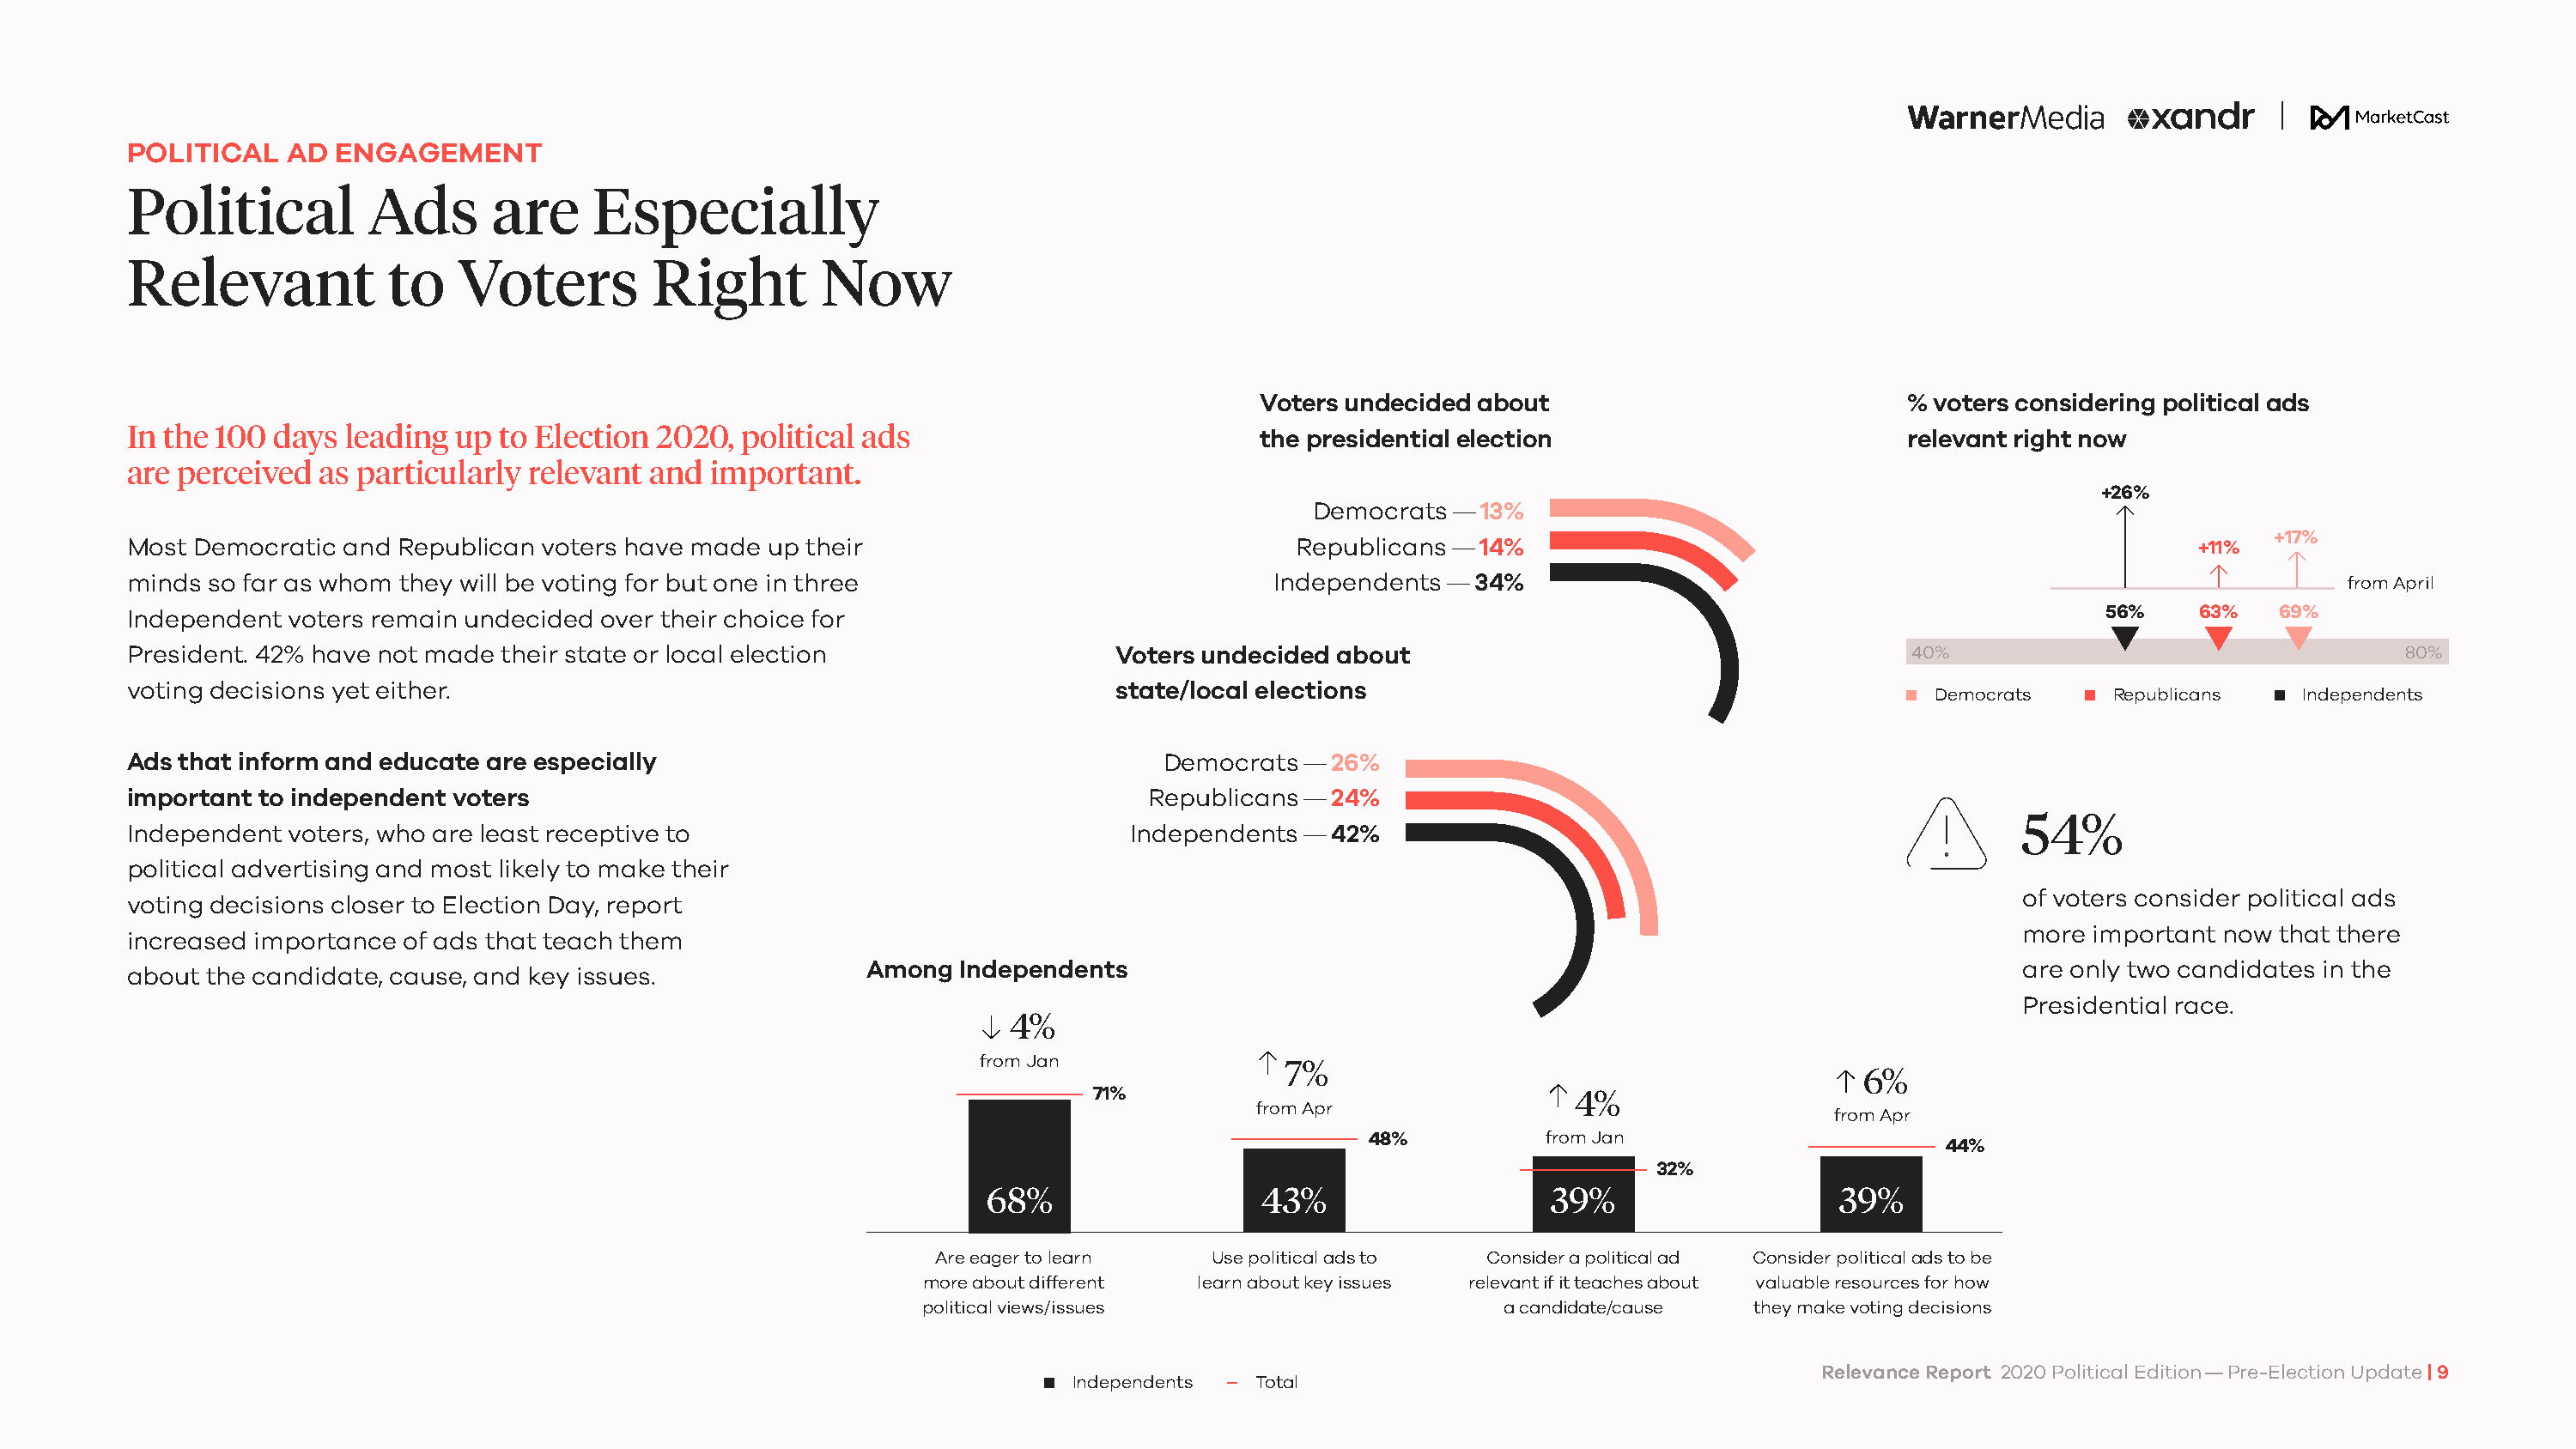
POLITICAL   AD  ENGAGEMENT
 Political         Ads       are     Especially
 Relevant            to   Voters         Right        Now
 Voters undecided about                            % voters considering political ads
 In the 100 days  leading up  to Election 2020, political ads                           the presidential election                         relevant right now
 are perceived  as particularly relevant and  important.
 +26%
 Democrats  — 13%
 +17%
 Most Democratic and  Republican voters have made up their                                 Republicans — 14%                                                    +11%
 minds so far as whom they will be voting for but one in three                           Independents —  34%                                                                from April
 Independent voters remain undecided over their choice for                                                                                               56%     63%   69%
 President. 42% have not made their state or local election                  Voters undecided about                                       40%                                   80%
 voting decisions yet either.                                                state/local elections
 Democrats     Republicans    Independents
 Ads that inform and educate are especially                                      Democrats —  26%
 important to independent voters                                                Republicans — 24%
 54%
 Independent voters, who are least receptive to                               Independents —  42%
 political advertising and most likely to make their
 of voters consider political ads
 voting decisions closer to Election Day, report
 more important now  that there
 increased importance of ads that teach them
 Among  Independents                                                                      are only two candidates in the
 about the candidate, cause, and key issues.
 Presidential race.
 4%
 from Jan
 7%
 6%
 71%                                  4%
 from Apr
 from Apr
 48%          from Jan
 44%
 32%
 68%                  43%                    39%                   39%
 Are eager to learn   Use political ads to  Consider a political ad Consider political ads to be
 more about different learn about key issues relevant if it teaches about valuable resources for how
 political views/issues                       a candidate/cause  they make voting decisions
 Relevance Report 2020 Political Edition — Pre-Election Update | 9
 Independents  Total